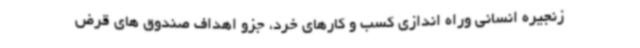
زنجیره انسانی وراه اندازی کسب و کارهای خرد، جزو اهداف صندوق های قرض